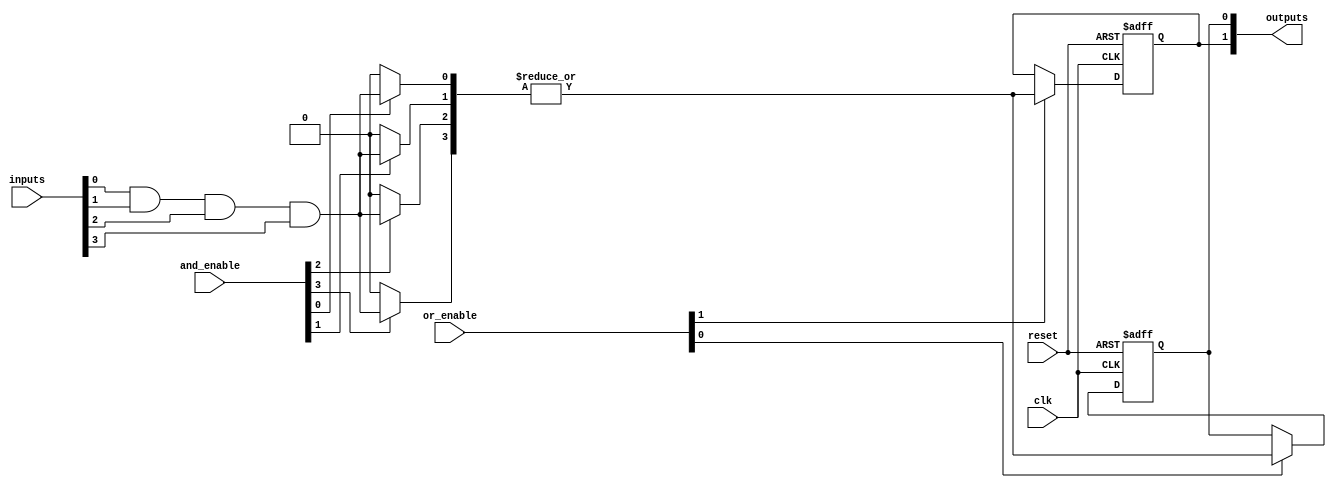
module CLB #(
    parameter NUM_INPUTS = 4,   // Number of inputs
    parameter NUM_AND_GATES = 4, // Number of AND gates
    parameter NUM_OR_GATES = 2    // Number of OR gates
)(
    input  wire [NUM_INPUTS-1:0] inputs,             // Input pins
    input  wire [NUM_AND_GATES-1:0] and_enable,      // Enable signals for AND gates
    input  wire [NUM_OR_GATES-1:0] or_enable,        // Enable signals for OR gates
    input  wire clk,                                  // Clock signal
    input  wire reset,                                // Reset signal
    output reg [NUM_OR_GATES-1:0] outputs            // Output pins
);

// Internal signals for AND gates
wire [NUM_AND_GATES-1:0] and_outputs;

// AND Plane
genvar i;
generate
    for (i = 0; i < NUM_AND_GATES; i = i + 1) begin : and_gate
        assign and_outputs[i] = and_enable[i] ? (inputs[0] & inputs[1] & inputs[2] & inputs[3]) : 1'b0; // Example: AND of all inputs
    end
endgenerate

// OR Plane
genvar j;
generate
    for (j = 0; j < NUM_OR_GATES; j = j + 1) begin : or_gate
        always @(posedge clk or posedge reset) begin
            if (reset) begin
                outputs[j] <= 1'b0;
            end else if (or_enable[j]) begin
                outputs[j] <= |and_outputs; // Example: OR of all AND outputs
            end
        end
    end
endgenerate

endmodule